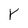
Character: Y